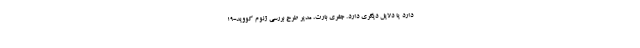
دارد یا دلایل دیگری دارد. جفری بارت، مدیر طرح بررسی ژنوم کووید-۱۹